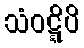
သံဝဋ္ဋိပိ